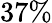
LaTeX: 37\%